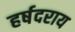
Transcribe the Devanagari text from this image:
हर्षदराय